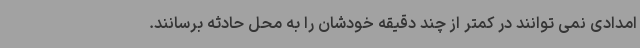
امدادی نمی توانند در کمتر از چند دقیقه خودشان را به محل حادثه برسانند.